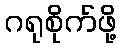
ဂရုစိုက်ဖို့